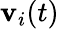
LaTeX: \mathbf{v}_{i}(t)